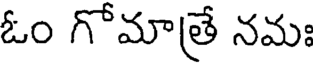
ఓం గోమాత్రే నమః